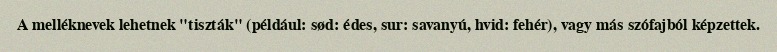
A melléknevek lehetnek "tiszták" (például: sød: édes, sur: savanyú, hvid: fehér), vagy más szófajból képzettek.